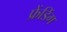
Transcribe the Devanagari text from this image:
फ्रेंडिंग